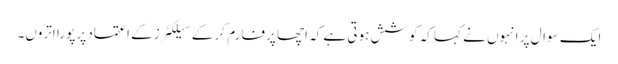
ایک سوال پر انہوں نے کہا کہ کوشش ہوتی ہے کہ اچھا پرفارم کر کے سیلکٹرز کے اعتماد پر پورا اتروں۔